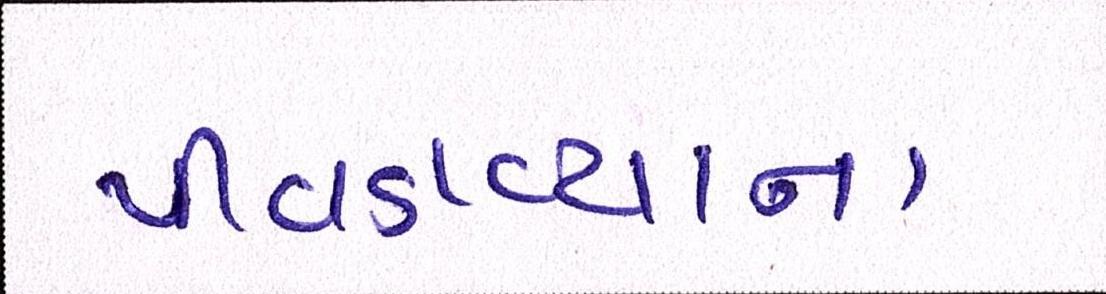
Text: પીવડાવ્યાના